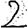
Digit: 2